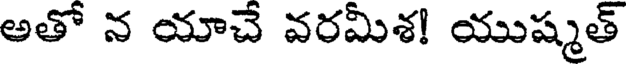
అతో న యాచే వరమీశ! యుష్మత్